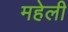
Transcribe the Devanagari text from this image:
महेली